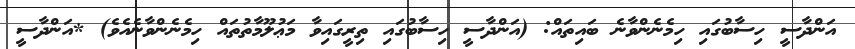
އަންދާސީ ހިސާބުގައި ހިމެނެންވާނެ ބައިތައް: (އަންދާސީ ހިސާބުގައި ތިރީގައިވާ މަޢުލޫމާތުތައް ހިމެނެންވާނެއެވެ) *އަންދާސީ